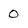
Character: 0